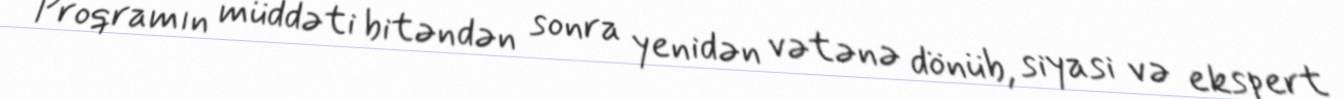
Proqramın müddəti bitəndən sonra yenidən vətənə dönüb, siyasi və ekspert